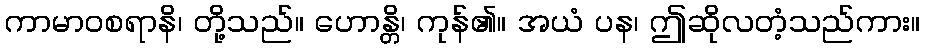
ကာမာဝစရာနိ၊ တို့သည်။ ဟောန္တိ၊ ကုန်၏။ အယံ ပန၊ ဤဆိုလတံ့သည်ကား။